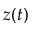
z ( t )